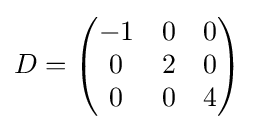
D={\begin{pmatrix}-1&0&0\\0&2&0\\0&0&4\end{pmatrix}}